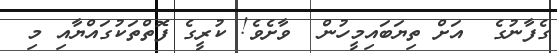
ގެފާނުގެ  އަށް ތިޔަބައިމީހުން  ވާށެވެ! ކުރީގެ ފޮތްތަކުގައްޔާއި މި